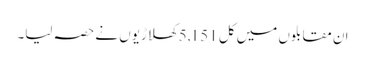
ان مقابلوں میں کل 5,151 کھلاڑیوں نے حصہ لیا۔